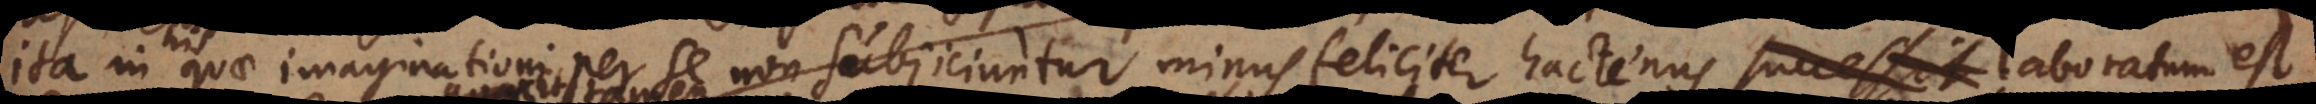
in his quae imaginationi per se non subjiciuntur, minus feliciter hactenus laboratum est.